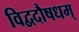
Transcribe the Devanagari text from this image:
विद्वदौषधम्